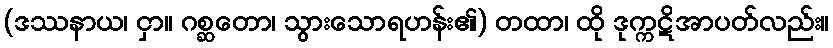
(ဒဿနာယ၊ ငှာ။ ဂစ္ဆတော၊ သွားသောရဟန်း၏) တထာ၊ ထို ဒုက္ကဋိအာပတ်လည်း။